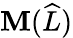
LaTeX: \mathbf{M}(\widehat{{L}})